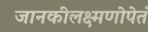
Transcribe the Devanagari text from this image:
जानकीलक्ष्मणोपेतं